Calcutta medical institutions reports 1892-1900
Year: 1892
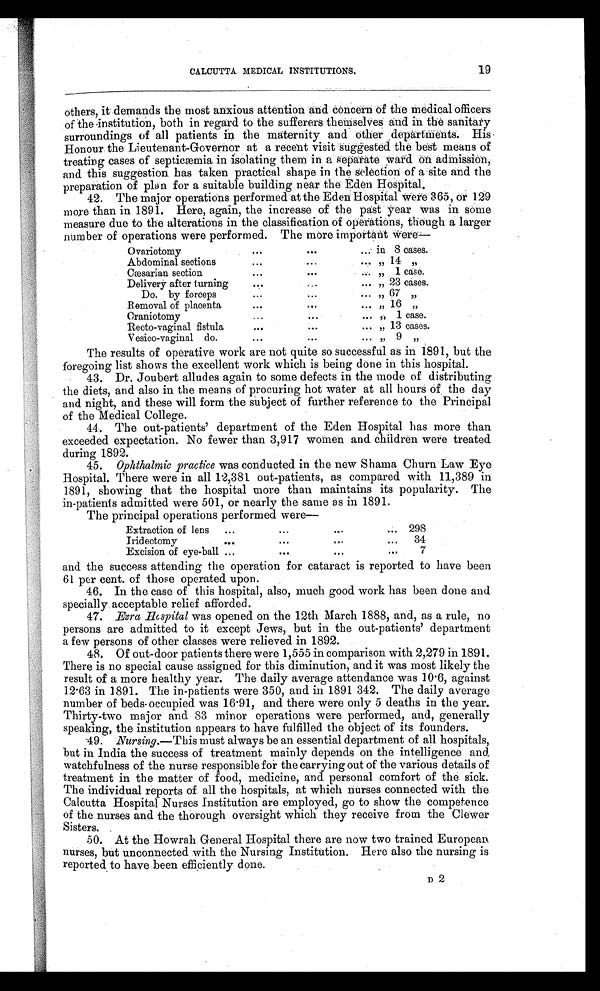
19
CALCUTTA MEDICAL INSTITUTIONS.
others, it demands the most anxious attention and concern of the medical officers
of the institution, both in regard to the sufferers themselves and in the sanitary
surroundings of all patients in the maternity and other departments. His
Honour the Lieutenant-Governor at a recent visit suggested the best means of
treating cases of septicæmia in isolating them in a separate ward on admission,
and this suggestion has taken practical shape in the selection of a site and the
preparation of plan for a suitable building near the Eden Hospital.
42. The major operations performed at the Eden Hospital were 365, or 129
more than in 1891. Here, again, the increase of the past year was in some
measure due to the alterations in the classification of operations, though a larger
number of operations were performed. The more important were—
Ovariotomy
. . .
. . .
... in 8 cases.
Abdominal sections
...
...
... „ 14 „
Cæsarian section
...
. . .
...
„ 1 case.
Delivery after turning
... ...
... „ 23 cases.
Do. by forceps
. . .
...
... „ 67 „
Removal of placenta
... ... ...
„
1 6
„
Craniotomy
... ...
...
„
1 case.
Recto-vaginal fistula
... ...
... „ 13 cases.
Vesico-vaginal do.
...
... ...
,,
9 ,,
The results of operative work are not quite so successful as in 1891, but the
foregoing list shows the excellent work which is being done in this hospital.
43. Dr. Joubert alludes again to some defects in the mode of distributing
the diets, and also in the means of procuring hot water at all hours of the day
and night, and these will form the subject of further reference to the Principal
of the Medical College.
44. The out-patients' department of the Eden Hospital has more than
exceeded expectation. No fewer than 3,917 women and children were treated
during 1892.
45. Ophthalmic practice was conducted in the new Shama Churn Law Eye
Hospital. There were in all 12,381 out-patients, as compared with 11,389 in
1891, showing that the hospital more than maintains its popularity. The
in-patients admitted were 501, or nearly the same as in 1891.
The principal operations performed were—
Extraction of lens
...
...
...
... 298
Iridectomy
...
. . .
... ...
34
Excision of eye-ball ...
. . .
. . .
...
7
and the success attending the operation for cataract is reported to have been
61 per cent. of those operated upon.
46. In the case of this hospital, also, much good work has been done and
specially acceptable relief afforded.
47. Ezra Hospital was opened on the 12th March 1888, and, as a rule, no
persons are admitted to it except Jews, but in the out-patients' department
a few persons of other classes were relieved in 1892.
48. Of out-door patients there were 1,555 in comparison with 2,279 in 1891.
There is no special cause assigned for this diminution, and it was most likely the
result of a more healthy year. The daily average attendance was 10.6, against
12.63 in 1891. The in-patients were 350, and in 1891 342. The daily average
number of beds-occupied was 16.91, and there were only 5 deaths in the year.
Thirty-two major and 83 minor operations were performed, and, generally
speaking, the institution appears to have fulfilled the object of its founders.
49. Nursing.—This must always be an essential department of all hospitals,
but in India the success of treatment mainly depends on the intelligence and
watchfulness of the nurse responsible for the carrying out of the various details of
treatment in the matter of food, medicine, and personal comfort of the sick.
The individual reports of all the hospitals, at which nurses connected with the
Calcutta Hospital Nurses Institution are employed, go to show the competence
of the nurses and the thorough oversight which they receive from the Clewer
Sisters.
50. At the Howrah General Hospital there are now two trained European
nurses, but unconnected with the Nursing Institution. Here also the nursing is
reported to have been efficiently done.
D 2